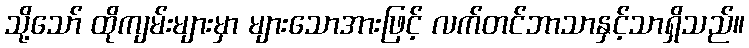
သို့သော် ထိုကျမ်းများမှာ များသောအားဖြင့် လက်တင်ဘာသာနှင့်သာရှိသည်။